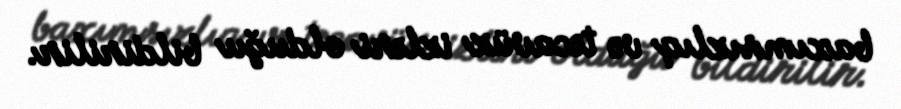
baxımsızlıq və təcavüz izləri olduğu bildirilir.